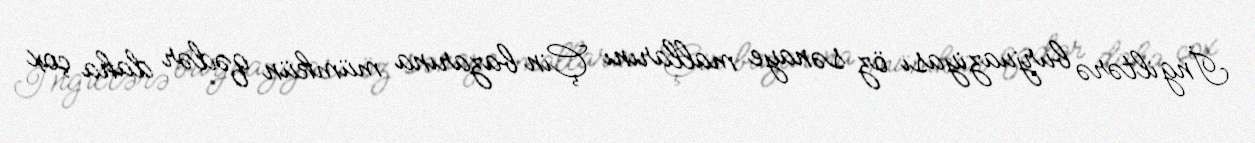
İngiltərə burjuaziyası öz sənaye mallarını Çin bazarına mümkün qədər daha çox